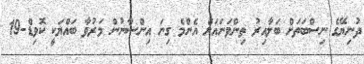
ދުނިޔޭގެ ނިސްބަތަށް ބަލާއިރު ތިންވަނައަށް އެންމެ ގިނަ އިންސާނުން މަރުވާ ބައްޔަކީ ކޮވިޑް-19